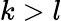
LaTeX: k>l